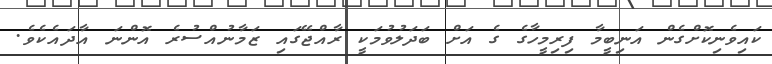
ކައިވެނިކޮށްގެން އަނިބީމާ ފިރިމީހާގެ ގެ އަށް ބަދަލުވުމަކީ ރާއްޖޭގައި ޒަމާނުއްސުރެ އޮންނަ އާދައެކެވެ.